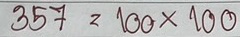
357 = 100x100